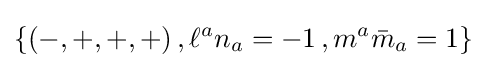
\{(-,+,+,+)\,,\ell ^{a}n_{a}=-1\,,m^{a}{\bar {m}}_{a}=1\}